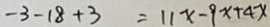
- 3 - 1 8 + 3 = 1 1 x - 9 x + 4 x